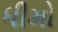
ધીમો